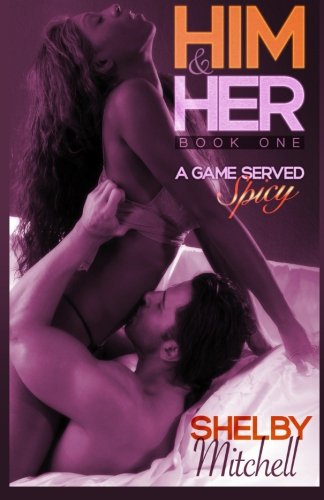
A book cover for Him & Her (BWWM Curvy Romance): A Game Served Spicy (Book One) (Volume 1); Shelby Mitchell; Romance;